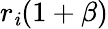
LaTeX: r_{\mathit{i}}(1+\beta)